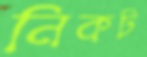
নিকট